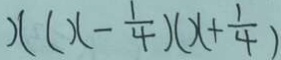
x ( x - \frac { 1 } { 4 } ) ( x + \frac { 1 } { 4 } )